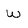
Character: w